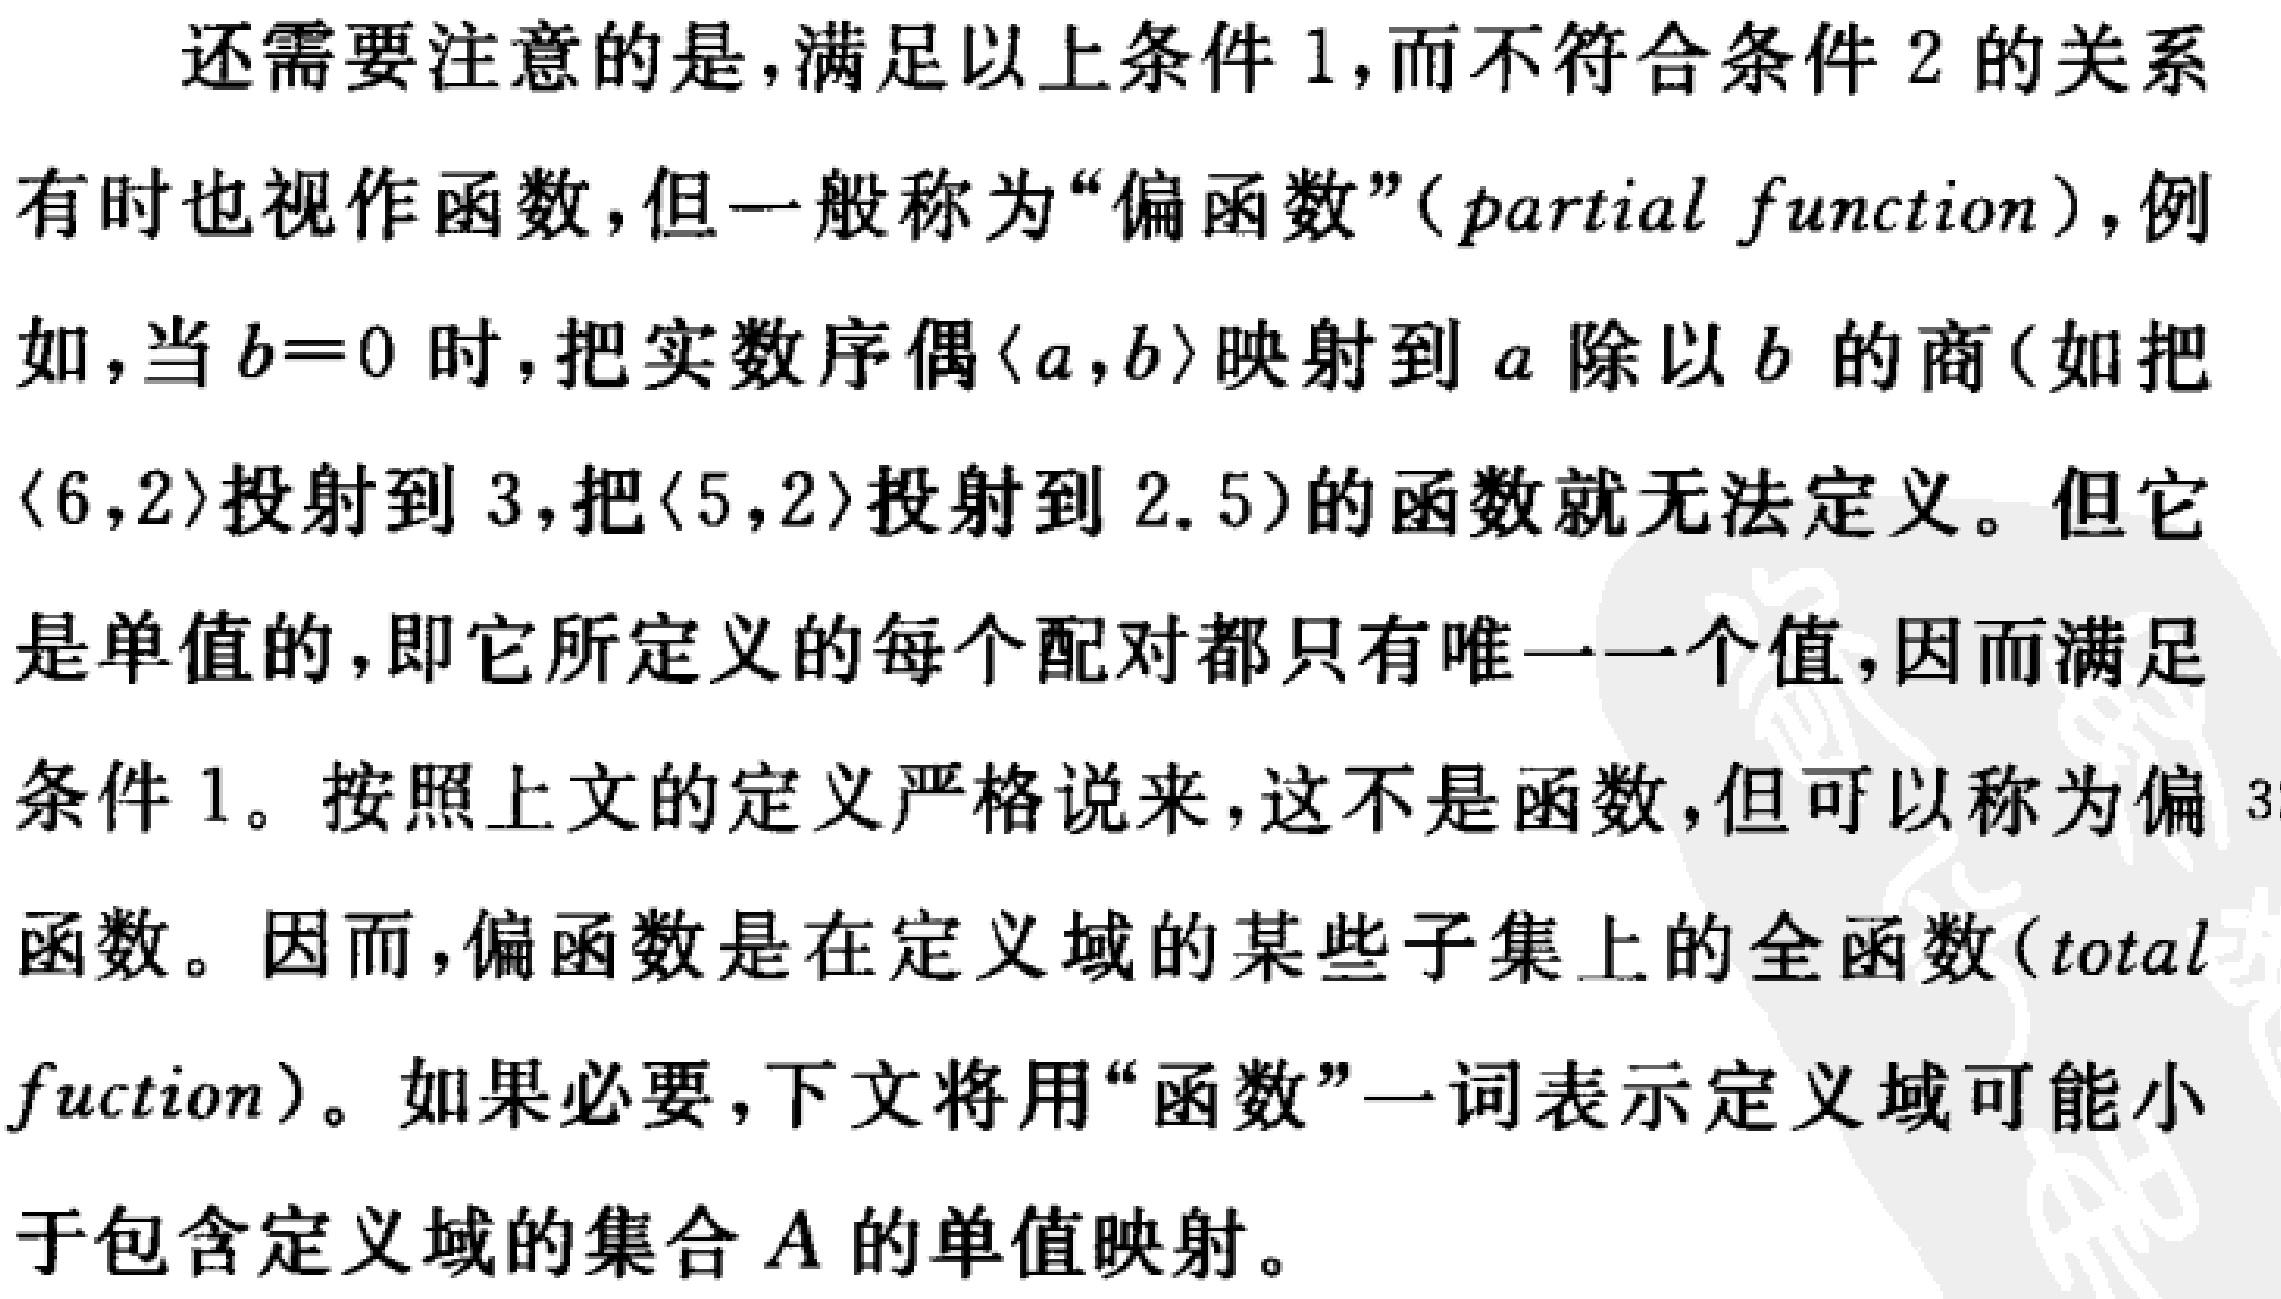
还需要注意的是,满足以上条件1,而不符合条件2的关系有时也视作函数,但一般称为“偏函数”（partial function）,例如,当\(b = 0\)时,把实数序偶\(\langle a,b\rangle\)映射到\(a\)除以\(b\)的商(如把\(\langle 6,2\rangle\)投射到3,把\(\langle 5,2\rangle\)投射到2.5)的函数就无法定义。但它是单值的,即它所定义的每个配对都只有唯一一个值,因而满足条件1。按照上文的定义严格说来,这不是函数,但可以称为偏函数。因而,偏函数是在定义域的某些子集上的全函数（total function）。如果必要,下文将用“函数”一词表示定义域可能小于包含定义域的集合\(A\)的单值映射。